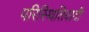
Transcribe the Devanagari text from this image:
परिस्थितिवादी